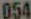
054